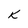
Character: K